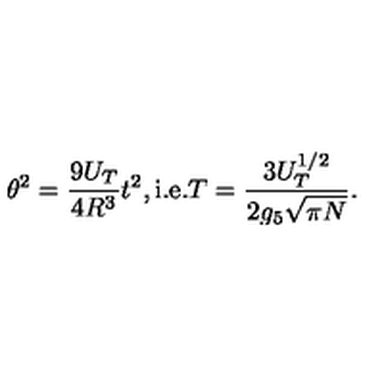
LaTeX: \theta ^ { 2 } = \frac { 9 U _ { T } } { 4 R ^ { 3 } } t ^ { 2 } , \mathrm { i . e . } T = \frac { 3 U _ { T } ^ { 1 / 2 } } { 2 g _ { 5 } \sqrt { \pi N } } .